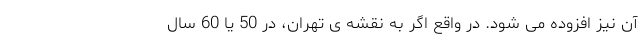
آن نیز افزوده می شود. در واقع اگر به نقشه ی تهران، در 50 یا 60 سال